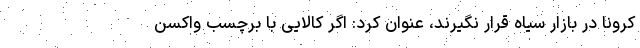
کرونا در بازار سیاه قرار نگیرند، عنوان کرد: اگر کالایی با برچسب واکسن